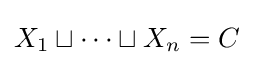
X_{1}\sqcup \cdots \sqcup X_{n}=C